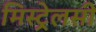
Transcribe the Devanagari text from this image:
मिस्ट्रेलसी